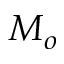
M _ { o }